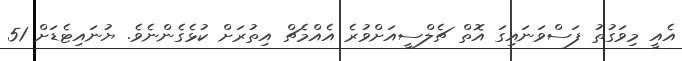
އެއީ މިވަގުތު ފަސްވަނައިގަ އޮތް ޗެލްސީއަށްވުރެ އެއްމެޗް އިތުރަށް ކުޅެގެންނެވެ. ޔުނައިޓެޑަށް 51